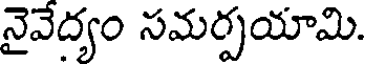
నైవేద్యం సమర్పయామి.